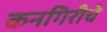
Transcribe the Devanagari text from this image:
कनगिरीचे